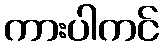
ကားပါကင်